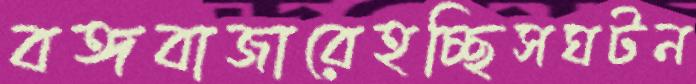
বঙ্গবাজারেহচ্ছিসঘটন